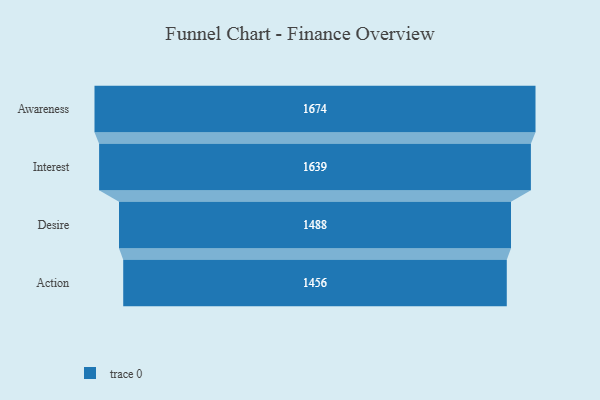
{"axis": {"x": "Stage", "y": "Value"}, "legend": [""], "data": [{"x": "Awareness", "y": 1674.0, "type": ""}, {"x": "Interest", "y": 1639.0, "type": ""}, {"x": "Desire", "y": 1488.0, "type": ""}, {"x": "Action", "y": 1456.0, "type": ""}]}